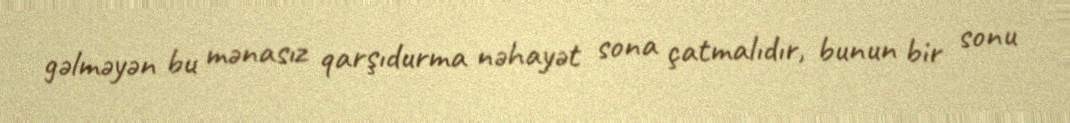
gəlməyən bu mənasız qarşıdurma nəhayət sona çatmalıdır, bunun bir sonu